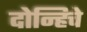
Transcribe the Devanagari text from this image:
दोन्हिचे